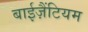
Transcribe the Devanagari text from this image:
बाईज़ैंटियम